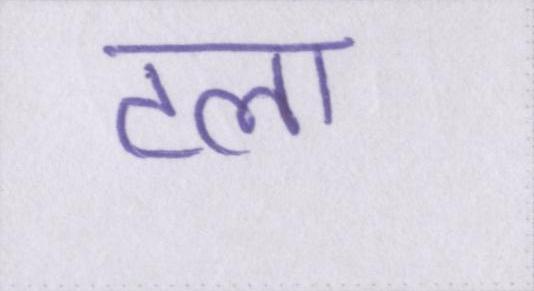
टला